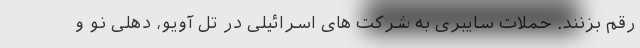
رقم بزنند. حملات سایبری به شرکت های اسرائیلی در تل آویو، دهلی نو و